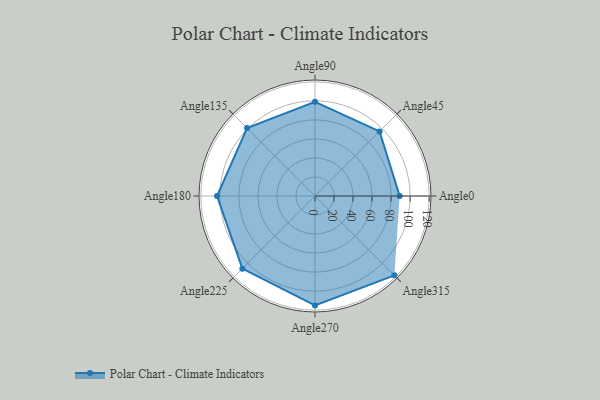
{"axis": {"x": "Angle", "y": "Radius"}, "legend": [""], "data": [{"x": "Angle0", "y": 89.0, "type": ""}, {"x": "Angle45", "y": 96.0, "type": ""}, {"x": "Angle90", "y": 99.0, "type": ""}, {"x": "Angle135", "y": 101.0, "type": ""}, {"x": "Angle180", "y": 103.0, "type": ""}, {"x": "Angle225", "y": 108.0, "type": ""}, {"x": "Angle270", "y": 115.0, "type": ""}, {"x": "Angle315", "y": 118.0, "type": ""}]}